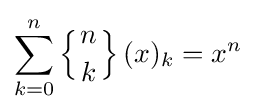
\sum _{k=0}^{n}\left\{{n \atop k}\right\}(x)_{k}=x^{n}